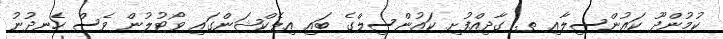
ކުމުންދޫ ކައުންސިލާއި ތ. ގާދިއްފުށި ކައުންސިލްގެ ބައި އިލެކްޝަންގައި ވޯޓުލުން ވެސް ހެނދުނު